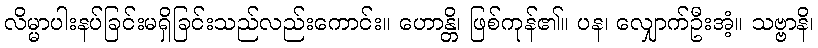
လိမ္မာပါးနပ်ခြင်းမရှိခြင်းသည်လည်းကောင်း။ ဟောန္တိ၊ ဖြစ်ကုန်၏။ ပန၊ လျှောက်ဦးအံ့။ သဗ္ဗာနိ၊